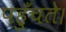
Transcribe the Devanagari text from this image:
पहुँचते।